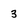
Character: 3